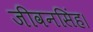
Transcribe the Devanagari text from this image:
जीवनसिंह।